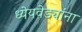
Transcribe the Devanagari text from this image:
ध्येयवेड्यांना